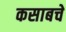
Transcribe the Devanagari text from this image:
कसाबचे